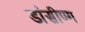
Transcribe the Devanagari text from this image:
डांसीण्ग